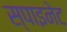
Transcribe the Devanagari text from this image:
स्पाइनेट